Annual administration and progress report of the Indian Medical Department, Bombay
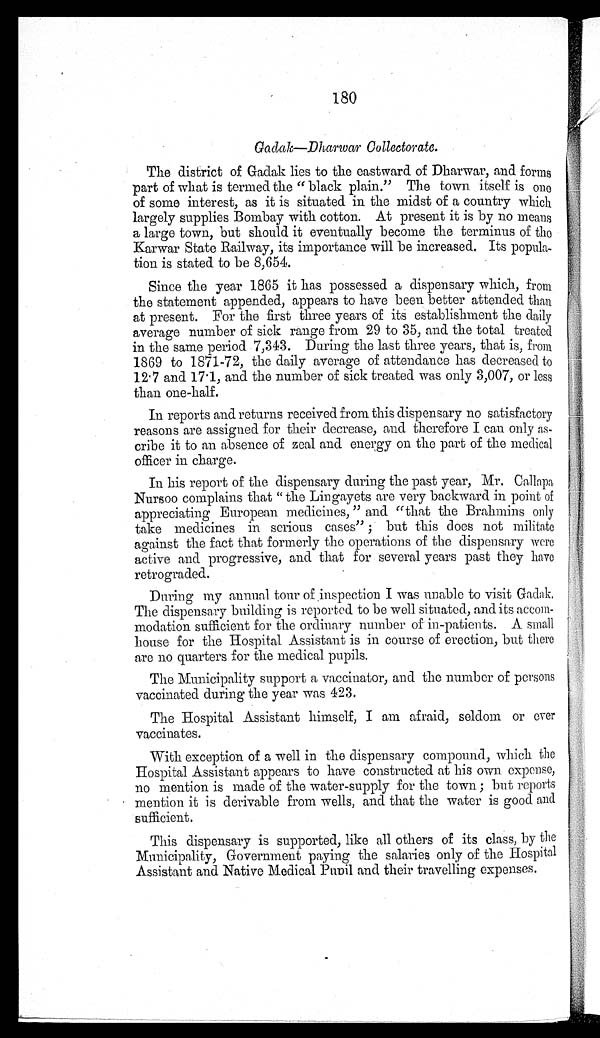
180
Gadak—Dharwar Co llectorate.
The district of Gadak lies to the eastward of Dharwar, and forms
part of what is termed the " black plain." The town itself is one
of some interest, as it is situated in the midst of a country which
largely supplies Bombay with cotton. At present it is by no means
a large town, but should it eventually become the terminus of tho
Karwar State Railway, its importance will be increased. Its popula-
tion is stated to be 8,654.
Since the year 1865 it has possessed a dispensary which, from
the statement appended, appears to have been better attended than
at present. For the first three years of its establishment the daily
average number of sick range from 29 to 35, and. the total treated
in the same period 7,343. During the last three years, that is, from
1869 to 1871-72, the daily average of attendance has decreased to
12 . 7 and 17 . 1, and the number of sick treated was only 3,007, or less
than one-half.
In reports and returns received from this dispensary no satisfactory
reasons are assigned for their decrease, and therefore I cau only as-
cribe it to an absence of zeal and energy on the part of the medical
officer in charge.
In his report of the dispensary during the past year, Mr. Callnpa
Nursoo complains that "the Lingayets are very backward in point of
appreciating European medicines, " and "that the Brahmins oily
take medicines in serious cases" ; but this does not militate
against the fact that formerly the operations of the dispensary were
active aud progressive, and that for several years past they have
retrograded.
During my annual tour of inspection I was unable to visit Gadak.
The dispensary building is reported to be well situated, and its accom-
modation sufficient for the ordinary number of in-patients. A small
house for the Hospital Assistant is in course of erection, but there
are no quarters for the medical pupils.
The Municipality support a vaccinator, and the number of persons
vaccinated during the year was 4.423.
The Hospital Assistant himself, I am afraid, seldom or ever
vaccinates.
With exception of a well in the dispensary compound, which the
Hospital Assistant appears to have constructed at his own expense,
no mention is made of the water-supply for the town ; but reports
mention it is derivable from wells, and that the water is good and
sufficient.
This dispensary is supported, like all others of its class, by the
Municipality, Government paying the salaries only of the Hospital
Assistant and Native Medical Pupil and their travelling expenses.